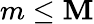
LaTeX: m\leq\mathbf{M}